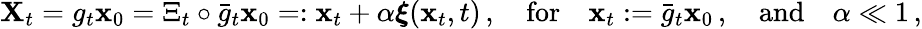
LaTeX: \begin{array}{r}{\mathbf{X}_{t}=g_{t}{\mathbf{x}}_{0}=\Xi_{t}\circ\bar{g}_{t}{\mathbf{x}}_{0}=:{\mathbf{x}}_{t}+\alpha\boldsymbol{\xi}({\mathbf{x}}_{t},t)\, ,\quad\mathrm{for}\quad\mathbf{x}_{t}:=\bar{g}_{t}{\mathbf{x}}_{0}\, ,\quad\mathrm{and}\quad\alpha\ll 1\, ,}\end{array}